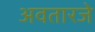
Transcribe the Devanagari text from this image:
अवतारजे